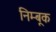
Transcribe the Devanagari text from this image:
निम्बूक